Annual vaccination report of Bihar and Orissa - 1911-1928
Year: 1911
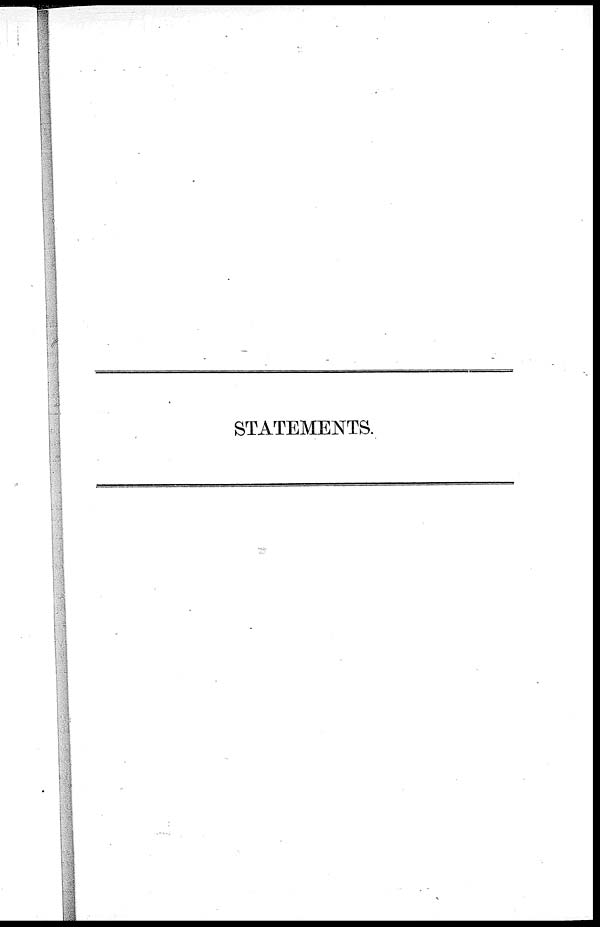
STATEMENTS.